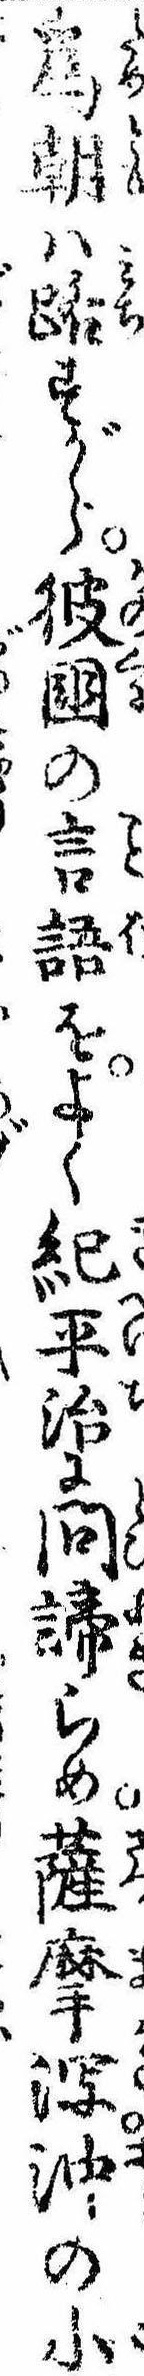
為朝は路すがら彼国の言語をよく紀平治に問諦らめ薩摩泻沖の小